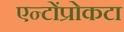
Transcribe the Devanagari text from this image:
एन्टोंप्रोकटा